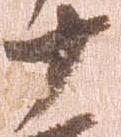
十